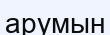
арумын